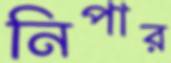
নিপার